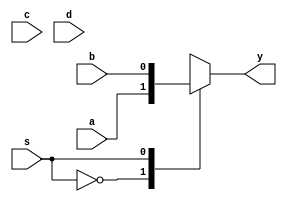
module mux4x1(a,b,c,d,s,y);
input a,b,c,d;
input s;
output reg y;
always @(*)
begin
case(s)
0:y=a;
1:y=b;
2:y=c;
3:y=d;
endcase
end
endmodule